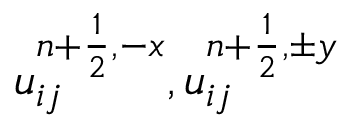
u _ { i j } ^ { { n + \frac { 1 } { 2 } } , - x } , u _ { i j } ^ { { n + \frac { 1 } { 2 } } , \pm y }